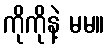
ကိုကိုနဲ့ မမ။